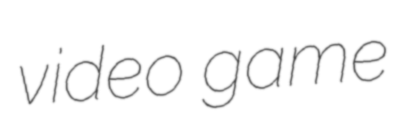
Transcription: video game